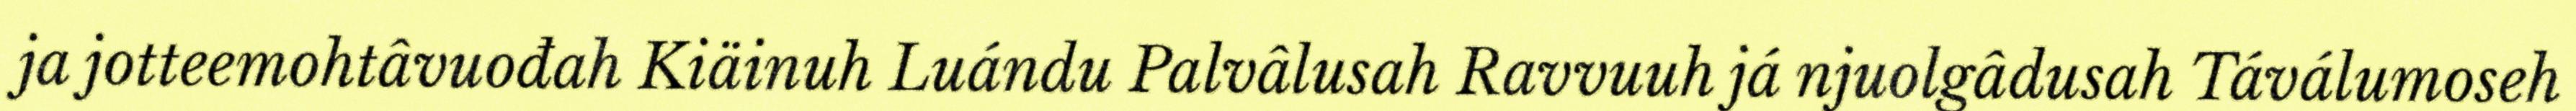
ja jotteemohtâvuođah Kiäinuh Luándu Palvâlusah Ravvuuh já njuolgâdusah Táválumoseh